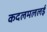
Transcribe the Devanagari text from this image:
कदलमललई